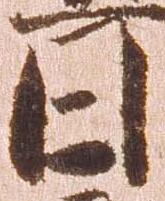
日